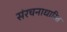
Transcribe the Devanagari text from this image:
संरचनाधारित